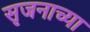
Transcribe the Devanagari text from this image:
सृजनाच्या